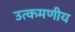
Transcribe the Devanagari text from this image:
उत्कमणीय